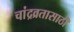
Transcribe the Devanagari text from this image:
चांद्रव्रतासाठी